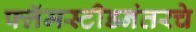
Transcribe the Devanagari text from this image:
फ्लॅमस्टीडनंतरचे